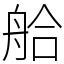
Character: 䑪